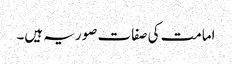
امامت کی صفات صوریہ ہیں۔